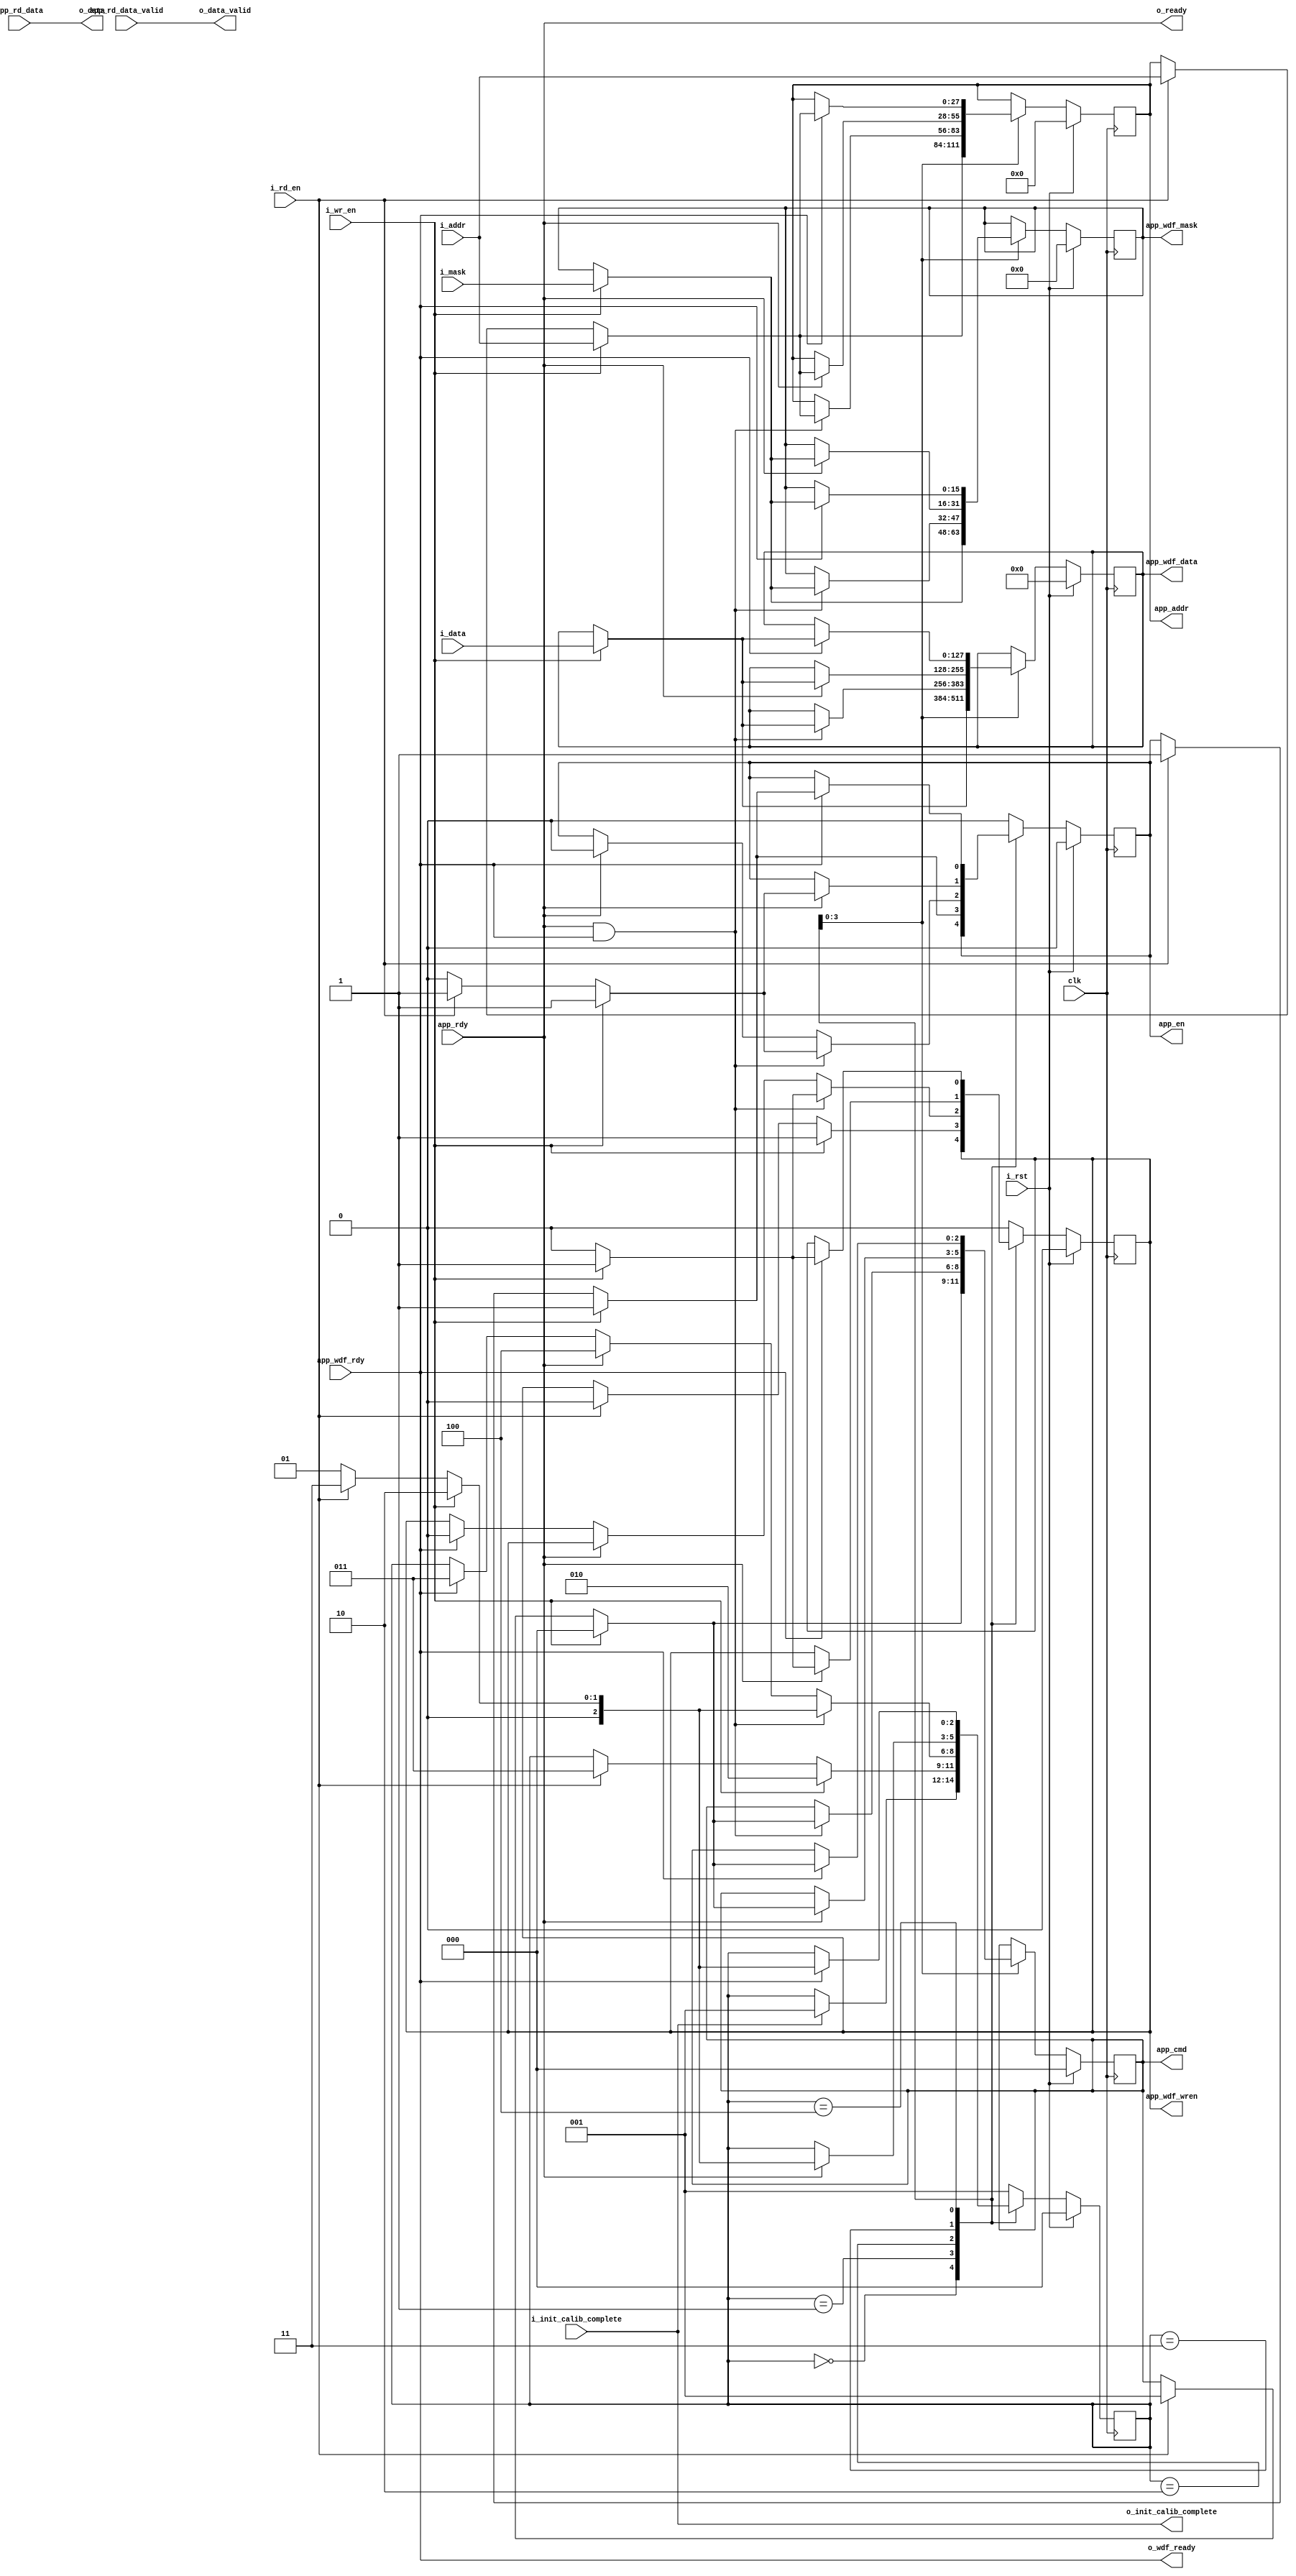
module MIGUI #(
               parameter APP_ADDR_WIDTH = 28,
               parameter APP_CMD_WIDTH  = 3,
               parameter APP_DATA_WIDTH = 128,
               parameter APP_MASK_WIDTH = 16)
    (
     input  wire                         clk,
     input  wire                         i_rst,
     // signals from/to user design side
     input  wire                         i_rd_en,
     input  wire                         i_wr_en,
     input  wire [APP_ADDR_WIDTH-1 : 0]  i_addr,
     input  wire [APP_DATA_WIDTH-1 : 0]  i_data,
     input  wire [APP_MASK_WIDTH-1 : 0]  i_mask,
     output wire [APP_DATA_WIDTH-1 : 0]  o_data,
     output wire                         o_data_valid,
     output wire                         o_ready,
     output wire                         o_wdf_ready,
     output wire                         o_init_calib_complete,
     // signals to/from MIG
     output wire [APP_ADDR_WIDTH-1 : 0]  app_addr,
     output wire [APP_CMD_WIDTH-1 : 0]   app_cmd,
     output wire                         app_en,
     output wire [APP_DATA_WIDTH-1 : 0]  app_wdf_data,
     output wire                         app_wdf_wren,
     output wire [APP_MASK_WIDTH-1 : 0]  app_wdf_mask,
     input  wire                         app_rdy,
     input  wire                         app_wdf_rdy,
     input  wire [APP_DATA_WIDTH-1 : 0]  app_rd_data,
     input  wire                         app_rd_data_valid,
     input  wire                         i_init_calib_complete);

    localparam STATE_CALIB           = 3'b000;
    localparam STATE_IDLE            = 3'b001;
    localparam STATE_ISSUE_CMD_WDATA = 3'b010;
    localparam STATE_ISSUE_CMD       = 3'b011;
    localparam STATE_ISSUE_WDATA     = 3'b100;

    localparam CMD_READ  = 3'b001;
    localparam CMD_WRITE = 3'b000;

    reg  [APP_ADDR_WIDTH-1 : 0] addr;
    reg  [APP_CMD_WIDTH-1 : 0]  cmd;
    reg                         en;
    reg  [APP_DATA_WIDTH-1 : 0] wdf_data;
    reg                         wdf_wren;
    reg  [APP_MASK_WIDTH-1 : 0] wdf_mask;

    reg  [2:0]                  state;

    assign o_data = app_rd_data;
    assign o_data_valid = app_rd_data_valid;
    assign o_ready = app_rdy;
    assign o_wdf_ready = app_wdf_rdy;
    assign o_init_calib_complete = i_init_calib_complete;

    assign app_addr = addr;
    assign app_cmd = cmd;
    assign app_en = en;
    assign app_wdf_data = wdf_data;
    assign app_wdf_wren = wdf_wren;
    assign app_wdf_mask = wdf_mask;

    always @(posedge clk) begin
        if (i_rst) begin
            state <= STATE_CALIB;
            cmd <= 0;
            addr <= 0;
            en <= 0;
            wdf_data <= 0;
            wdf_wren <= 0;
            wdf_mask <= 0;
        end else begin
            case (state)
                STATE_CALIB: begin
                    if (i_init_calib_complete) begin
                        state <= STATE_IDLE;
                    end
                end
                STATE_IDLE: begin
                    if (i_wr_en) begin
                        cmd <= CMD_WRITE;
                        addr <= i_addr;
                        en <= 1;
                        wdf_data <= i_data;
                        wdf_wren <= 1;
                        wdf_mask <= i_mask;
                        state <= STATE_ISSUE_CMD_WDATA;
                    end else if (i_rd_en) begin
                        cmd <= CMD_READ;
                        addr <= i_addr;
                        en <= 1;
                        wdf_wren <= 0;
                        state <= STATE_ISSUE_CMD;
                    end
                end
                STATE_ISSUE_CMD_WDATA: begin
                    if (app_rdy && app_wdf_rdy) begin
                        if (i_wr_en) begin
                            cmd <= CMD_WRITE;
                            addr <= i_addr;
                            en <= 1;
                            wdf_data <= i_data;
                            wdf_wren <= 1;
                            wdf_mask <= i_mask;
                            state <= STATE_ISSUE_CMD_WDATA;
                        end else if (i_rd_en) begin
                            cmd <= CMD_READ;
                            addr <= i_addr;
                            en <= 1;
                            wdf_wren <= 0;
                            state <= STATE_ISSUE_CMD;
                        end else begin
                            en <= 0;
                            wdf_wren <= 0;
                            state <= STATE_IDLE;
                        end
                    end else if (app_rdy) begin
                        en <= 0;
                        state <= STATE_ISSUE_WDATA;
                    end else if (app_wdf_rdy) begin
                        wdf_wren <= 0;
                        state <= STATE_ISSUE_CMD;
                    end
                end
                STATE_ISSUE_CMD: begin
                    if (app_rdy) begin
                        if (i_wr_en) begin
                            cmd <= CMD_WRITE;
                            addr <= i_addr;
                            en <= 1;
                            wdf_data <= i_data;
                            wdf_wren <= 1;
                            wdf_mask <= i_mask;
                            state <= STATE_ISSUE_CMD_WDATA;
                        end else if (i_rd_en) begin
                            cmd <= CMD_READ;
                            addr <= i_addr;
                            en <= 1;
                            wdf_wren <= 0;
                            state <= STATE_ISSUE_CMD;
                        end else begin
                            en <= 0;
                            wdf_wren <= 0;
                            state <= STATE_IDLE;
                        end
                    end
                end
                STATE_ISSUE_WDATA: begin
                    if (app_wdf_rdy) begin
                        if (i_wr_en) begin
                            cmd <= CMD_WRITE;
                            addr <= i_addr;
                            en <= 1;
                            wdf_data <= i_data;
                            wdf_wren <= 1;
                            wdf_mask <= i_mask;
                            state <= STATE_ISSUE_CMD_WDATA;
                        end else if (i_rd_en) begin
                            cmd <= CMD_READ;
                            addr <= i_addr;
                            en <= 1;
                            wdf_wren <= 0;
                            state <= STATE_ISSUE_CMD;
                        end else begin
                            wdf_wren <= 0;
                            state <= STATE_IDLE;
                        end
                    end
                end
                default: begin
                    en <= 0;
                    wdf_wren <= 0;
                    state <= STATE_IDLE;
                end
            endcase
        end
    end

endmodule